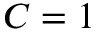
C = 1